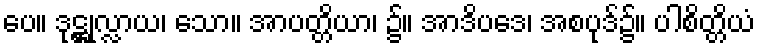
ပေ။ ဒုဋ္ဌုလ္လာယ၊ သော။ အာပတ္တိယာ၊ ၌။ အာဒိပဒေ၊ အစပုဒ်၌။ ပါစိတ္တိယံ